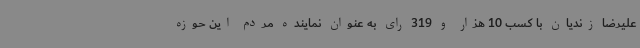
علیرضا زندیان با کسب 10 هزار و 319 رای به عنوان نماینده مردم این حوزه